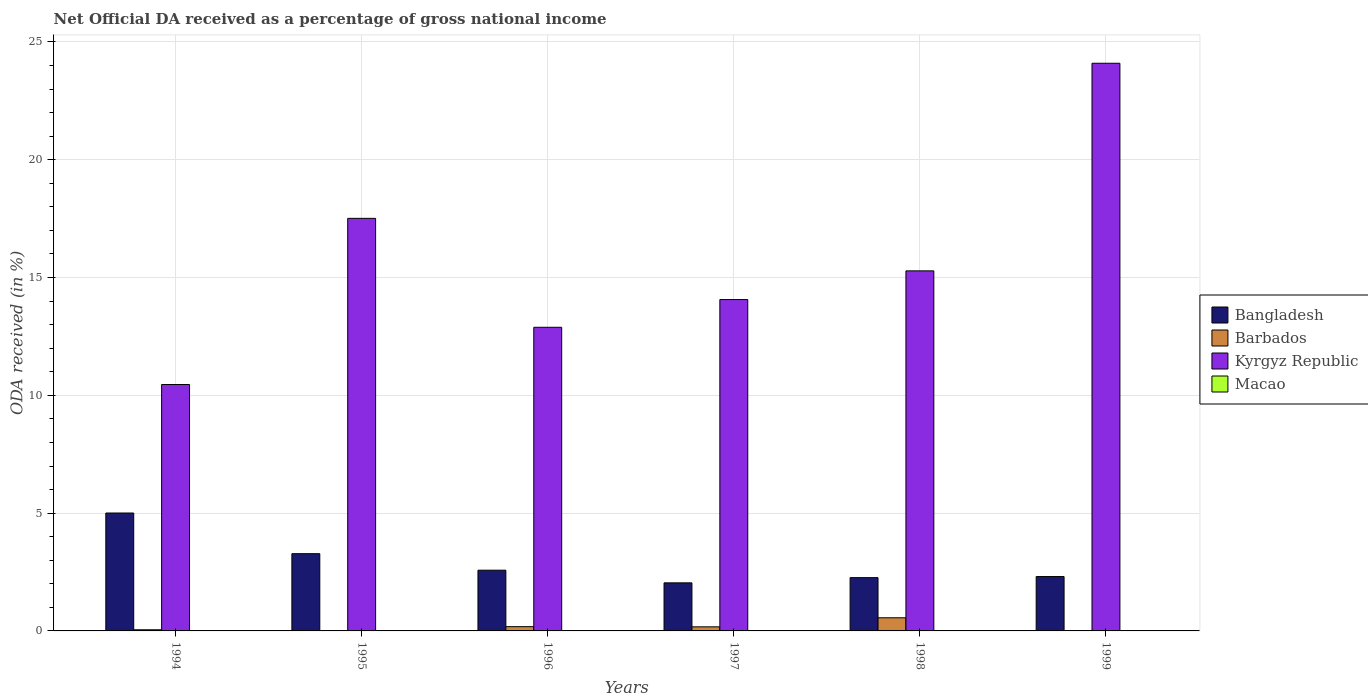
| Years | Bangladesh | Barbados | Kyrgyz Republic | Macao |
 | --- | --- | --- | --- | --- |
 | 1994 | 5 | 0.0484 | 10.5 | 0.00461 |
 | 1995 | 3.28 | -0.0526 | 17.5 | -0.0577 |
 | 1996 | 2.58 | 0.181 | 12.9 | 0.00461 |
 | 1997 | 2.04 | 0.174 | 14.1 | 0.00514 |
 | 1998 | 2.26 | 0.558 | 15.3 | 0.00769 |
 | 1999 | 2.31 | -0.0728 | 24.1 | 0.00522 |